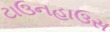
ટાઉનહાઉસ